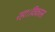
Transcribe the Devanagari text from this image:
रहा।विकास